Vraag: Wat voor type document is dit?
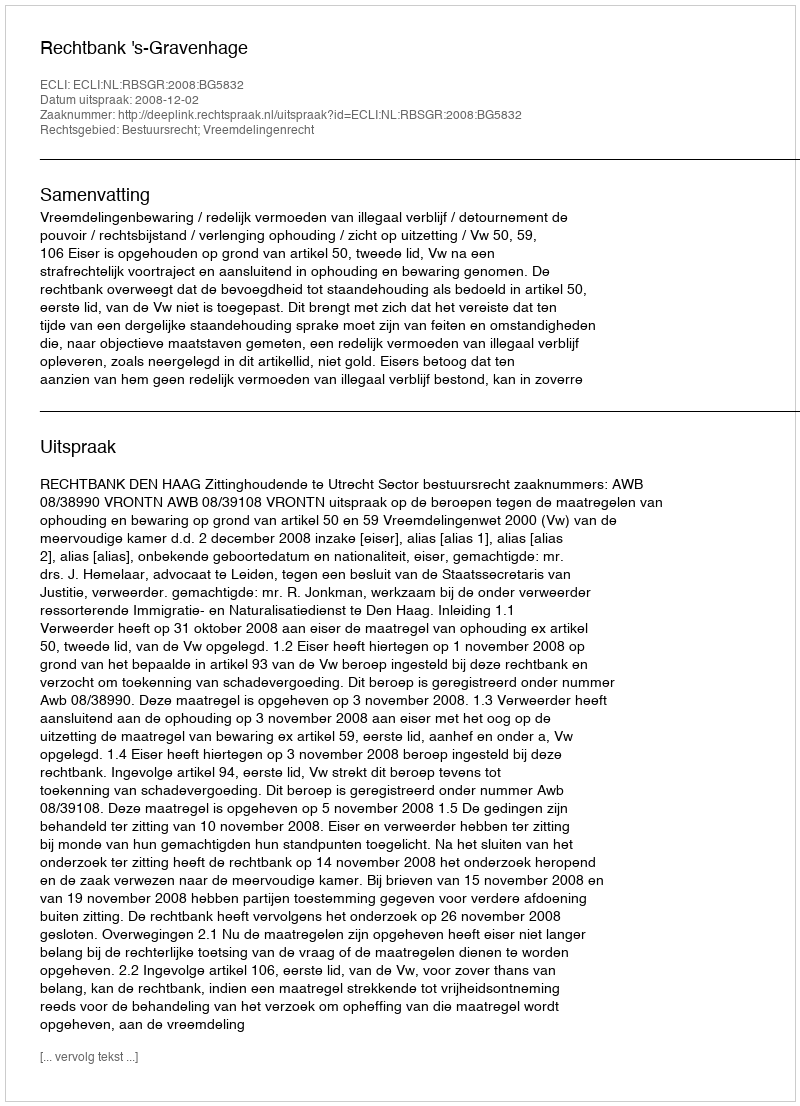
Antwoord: Uitspraak